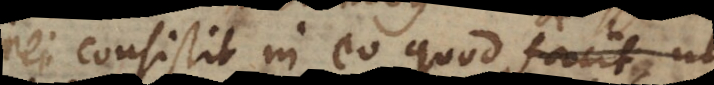
rei consistit in eo quod eandem ess